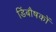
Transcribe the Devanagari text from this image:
डिंबौषकों